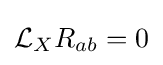
{\mathcal {L}}_{X}R_{ab}=0